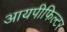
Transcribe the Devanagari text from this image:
आयपीफिल्टर